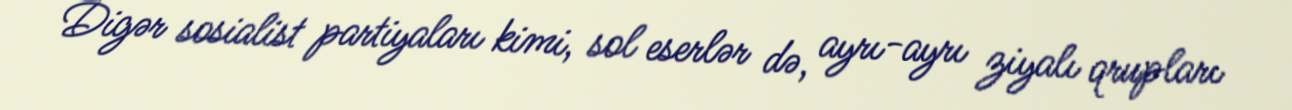
Digər sosialist partiyaları kimi, sol eserlər də, ayrı-ayrı ziyalı qrupları